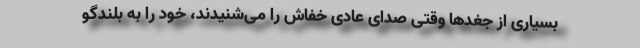
بسیاری از جغدها وقتی صدای عادی خفاش را می‌شنیدند، خود را به بلندگو